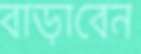
বাড়াবেন